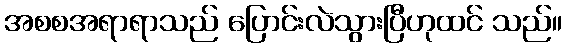
အစစအရာရာသည် ပြောင်းလဲသွားပြီဟုထင် သည်။